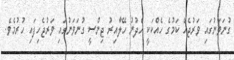
ގުނަވަނުގައި ވަރުޖެހޭ ކަމުގެ ހެއްކަކީ ހެދުނު ހޭލާއިރު ޖިންސީ ގުނަވަނުގައި ވަރުޖެހިފައި ހުރުމެވެ.